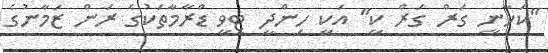
"ކަހާނީ ގަރް ގަރް ކީ" އަކީ ހިންދީ ޓީވީ ޑްރާމާތަކުގެ ރަން ޒަމާނުގެ